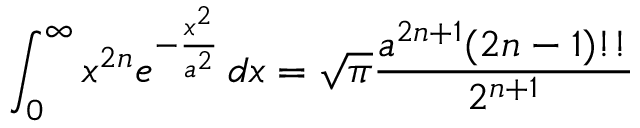
\int _ { 0 } ^ { \infty } x ^ { 2 n } e ^ { - { \frac { x ^ { 2 } } { a ^ { 2 } } } } \, d x = { \sqrt { \pi } } { \frac { a ^ { 2 n + 1 } ( 2 n - 1 ) ! ! } { 2 ^ { n + 1 } } }